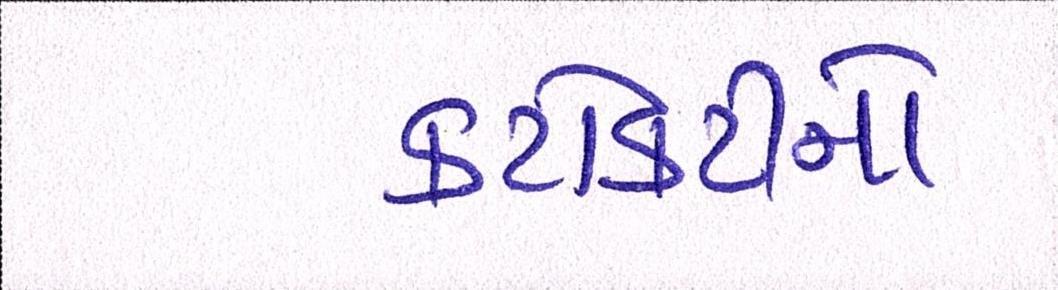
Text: કટોકટીનો